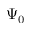
\Psi _ { 0 }